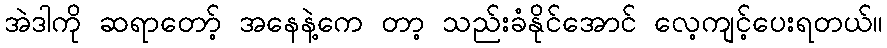
အဲဒါကို ဆရာတော့် အနေနဲ့ကေ တာ့ သည်းခံနိုင်အောင် လေ့ကျင့်ပေးရတယ်။